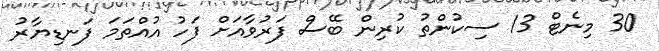
30 މިނެޓް 13 ސިކުންތު ކުރިން ބޭސް ފަރުވާއަށް ފަހު އުއްތަމަ ފަނޑިޔާރު